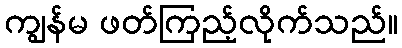
ကျွန်မ ဖတ်ကြည့်လိုက်သည်။